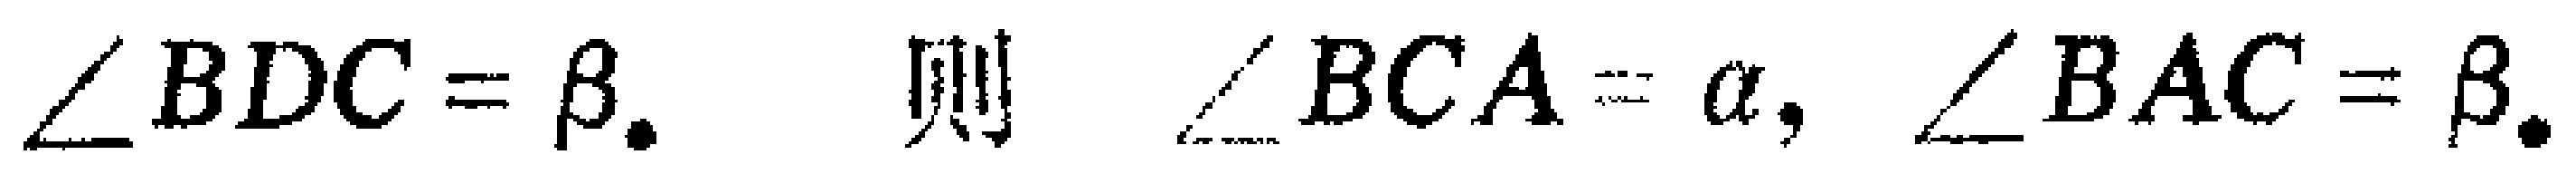
$\angle BDC=\beta.$ 则 $\angle BCA = \alpha, \angle BAC=\beta.$